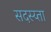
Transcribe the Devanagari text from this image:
सदस्य्ता